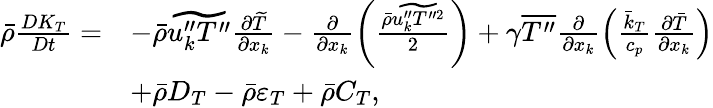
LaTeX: \begin{array}{rl}{\bar{\rho}\frac{DK_{T}}{Dt}=}&{-\bar{\rho}\widetilde{u_{k}^{\prime\prime}T^{\prime\prime}}\frac{\partial\widetilde{T}}{\partial x_{k}}-\frac{\partial}{\partial x_{k}}\left(\frac{\bar{\rho}\widetilde{u_{k}^{\prime\prime}T^{\prime\prime 2}}}{2}\right)+\gamma\overline{{T^{\prime\prime}}}\frac{\partial}{\partial x_{k}}\left(\frac{\bar{k}_{T}}{c_{p}}\frac{\partial\bar{T}}{\partial x_{k}}\right)}\\ &{+\bar{\rho}D_{T}-\bar{\rho}\varepsilon_{T}+\bar{\rho}C_{T},}\end{array}